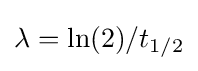
\lambda =\ln(2)/t_{1/2}